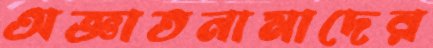
অজ্ঞাতনামাদের